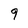
Character: 9